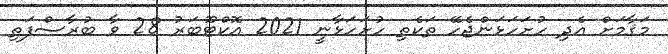
މަޤާމަށް އެދި ހުށަހަޅަންޖެހޭ ތަކެތި ހުށަހަޅާނީ 2021 އޮކްޓޫބަރު 28 ވާ ބުރާސްފަތި